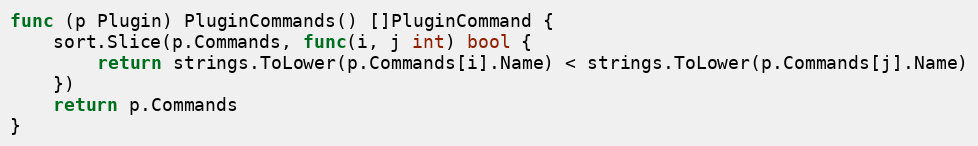
Language: Go
func (p Plugin) PluginCommands() []PluginCommand {
	sort.Slice(p.Commands, func(i, j int) bool {
		return strings.ToLower(p.Commands[i].Name) < strings.ToLower(p.Commands[j].Name)
	})
	return p.Commands
}